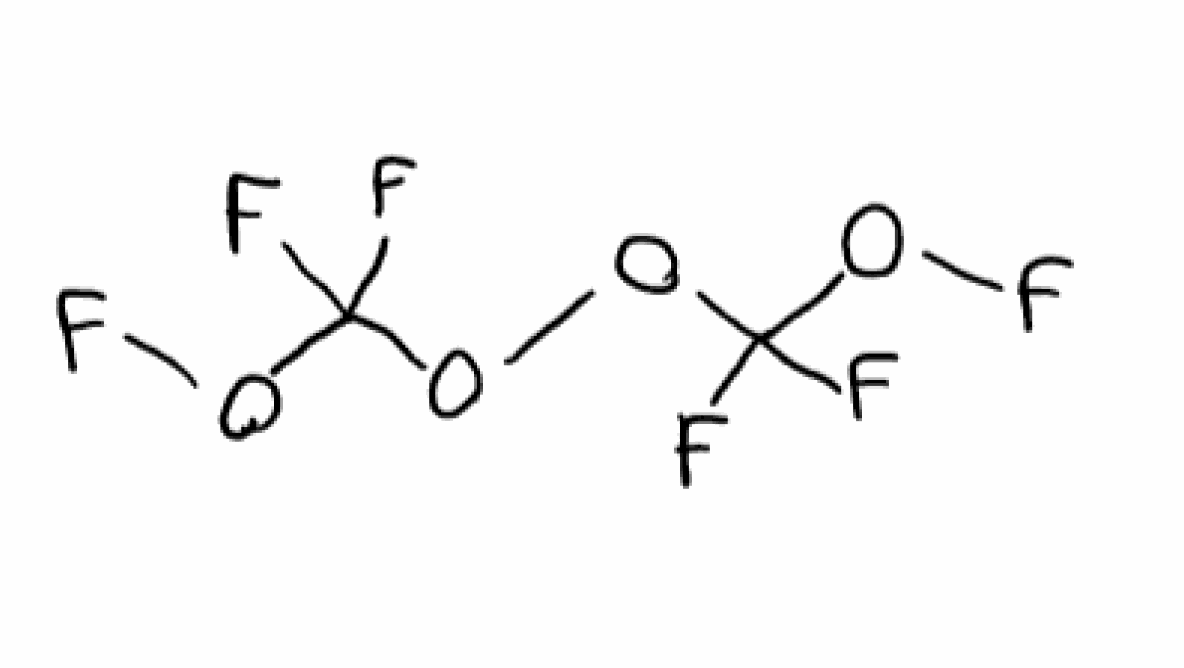
Simplified molecular-input line-entry system (SMILES) notation of the given molecule:
C(OOC(OF)(F)F)(OF)(F)F